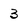
Character: 3